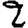
Digit: 2